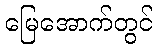
မြေအောက်တွင်